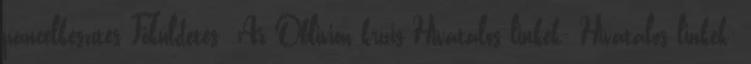
páncélkészítés Főküldetés: Az Oblivion krízis Hivatalos linkek: Hivatalos linkek: